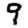
Digit: 9